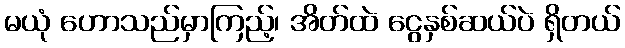
မယုံ ဟောသည်မှာကြည့်၊ အိတ်ထဲ ငွေနှစ်ဆယ်ပဲ ရှိတယ်